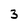
Character: 3